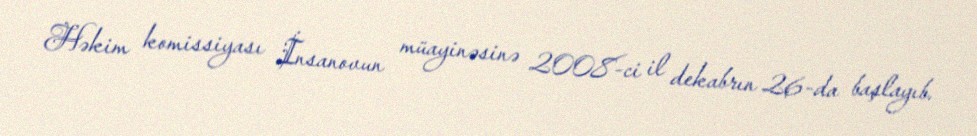
Həkim komissiyası İnsanovun müayinəsinə 2008-ci il dekabrın 26-da başlayıb.